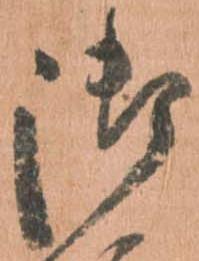
御